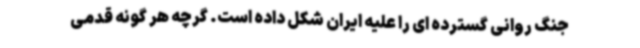
جنگ روانی گسترده ای را علیه ایران شکل داده است. گرچه هر گونه قدمی